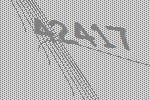
42417